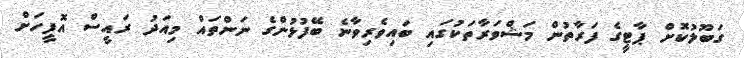
ގަބޫލުކޮށް ޕާޓީގެ ފަރާތުން މަޝްވަރާތަކުގައި ބައިވެރިވާނެ ބޭފުޅުންގެ ނަންތައް މިއަދު ރައީސް އޮފީހަށް